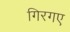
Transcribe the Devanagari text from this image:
गिरगए